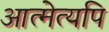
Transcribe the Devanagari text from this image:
आत्मेत्यपि